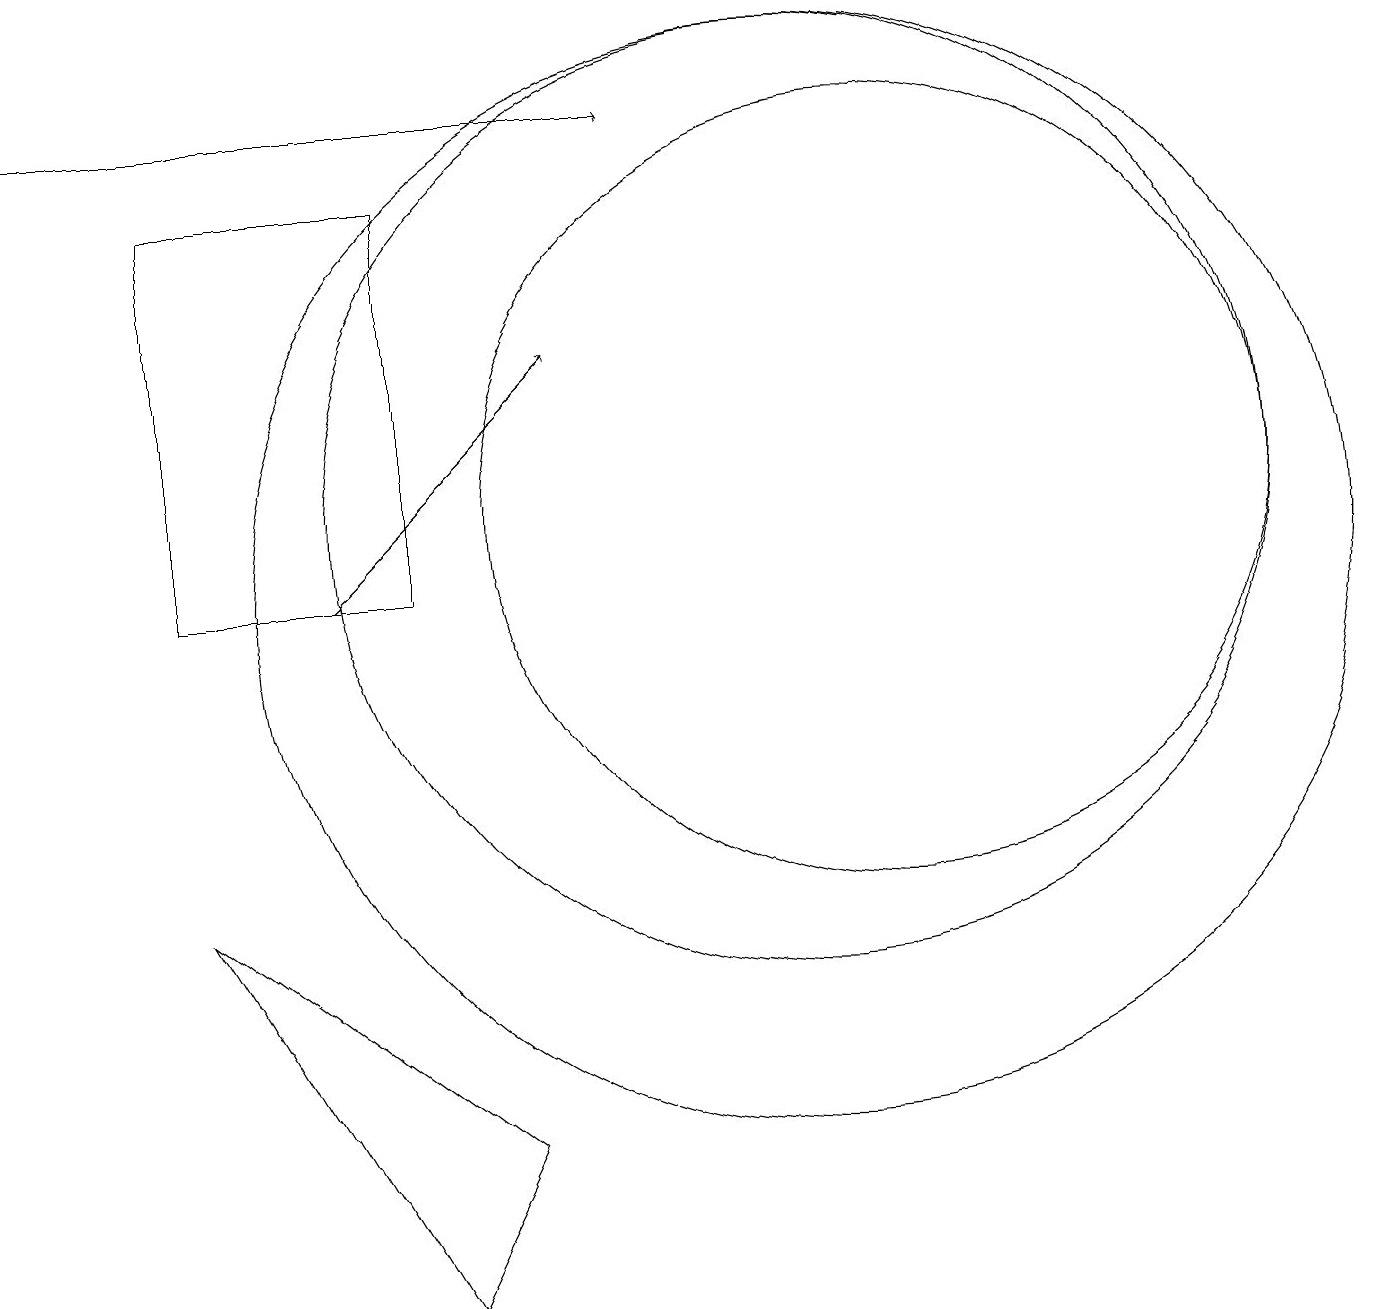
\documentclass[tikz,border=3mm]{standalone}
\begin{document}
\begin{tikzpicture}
\draw (11,11) circle (5);
\draw (5,15) rectangle (2,10);
\draw (10,11) circle (6);
\draw (6,3) -- (5,1) -- (2,6) -- cycle;
\draw[->] (0,16) -- (8,16);
\draw[->] (4,10) -- (7,13);
\draw (10,10) circle (7);
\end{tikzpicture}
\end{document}